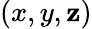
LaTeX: \left(x,y,\mathbf{z}\right)